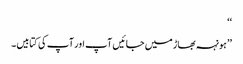
‘‘
’’ہونہہ بھاڑ میں جائیں آپ اور آپ کی کتابیں۔